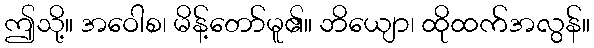
ဤသို့။ အဝေါစ၊ မိန့်တော်မူ၏။ ဘိယျော၊ ထိုထက်အလွန်။